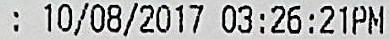
: 10/08/2017 03:26:21PM